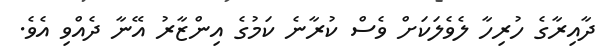
ދާއިރާގެ ހުރިހާ ލެވެލަކަށް ވެސް ކުރާނެ ކަމުގެ އިންޒާރު އޭނާ ދެއްވި އެވެ.